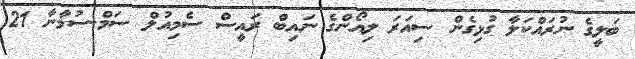
ބަލީގެ ނުރައްކަލާ ގުޅިގެން ސިއަރަ ލިއޯންގެ ނައިބް ރައީސް ސެމިއުލް ސަމް-ސުމާނާ 21